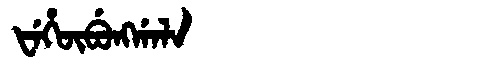
Manchu: ᡶᡝᡥᡡᠪᡠᠩᡤᠠᠯᠠ
Romanization: FEHŪBUNGGALA